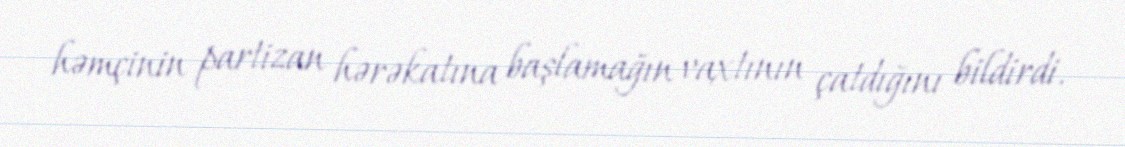
həmçinin partizan hərəkatına başlamağın vaxtının çatdığını bildirdi.